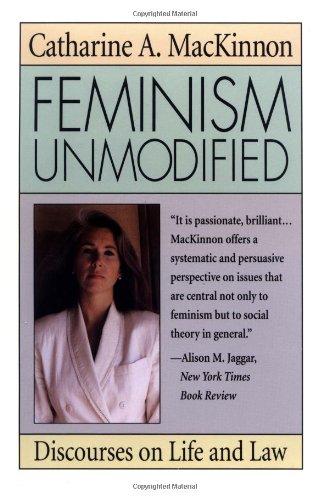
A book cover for Feminism Unmodified: Discourses on Life and Law; Catharine A. MacKinnon; Law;